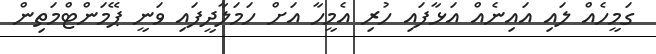
ގަމީހެއް ލައި އައިނެއް އަޅާފައި ހުރި އެމީހާ އަށް ހަމަލާދީފައި ވަނީ ޕޭމަންޓްމަތިން